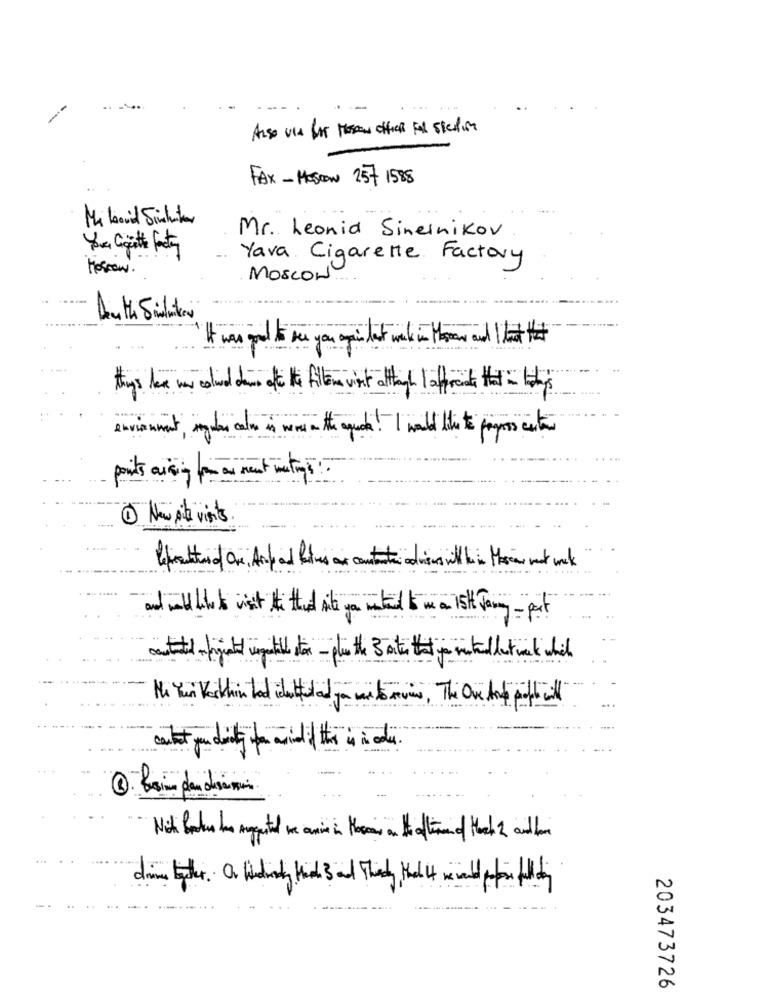
. ...
FAX - MOSON 257 1588
Mi kovid Sichunter
Mr. Leonid Sinelnikov
You Cigitte frety
Yava Cigarette Factory
Moscow .
MOSCOW
Auth Siden
It was pul sy pi let me in thewal It #
thys have an coliedin et Alem it athigh afraid that this
avisment,siger als in mente que! I would like to pos cute
1 New site visits.
antalet ist ti thed b ve mitelt ma ish Formy -pit
cute final until fix - plus the 3 at the go winkel but wak which
Me Yeni Within tadilat and your review, The One And phil
cut andit wil the i di.
Mit Boules has negute we canin Hercar on thattimeof March 2 acil ban
dime bythe. O Windy Had and They Had xml filety
203473726